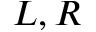
L , R